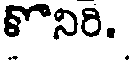
కొనిరి.